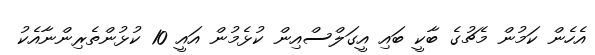
އެހެން ކަމުން މެޗުގެ ބާކީ ބައި އީގަލްސްއިން ކުޅެމުން އައީ 10 ކުޅުންތެރިންނާއެކު